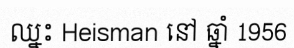
ឈ្នះ Heisman នៅ ឆ្នាំ 1956